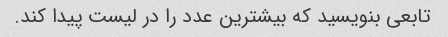
تابعی بنویسید که بیشترین عدد را در لیست پیدا کند.